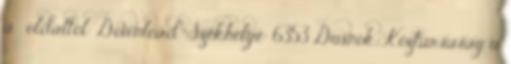
a . oldaltól: Download "Székhelye: 6353 Dusnok, Köztársaság u.